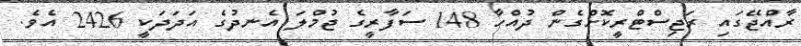
ރާއްޖޭގައި ރަޖިސްޓްރީކޮށްގެން ދުއްހާ 148 ސަފާރީގެ ޖުމްލަ އެނދުގެ އަދަދަކީ 2426 އެވެ.